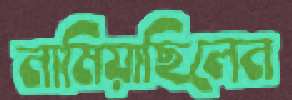
নামিয়াছিলেন